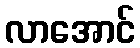
လာအောင်